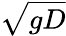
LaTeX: \sqrt{gD}